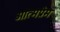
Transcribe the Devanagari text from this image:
आत्मप्रेम